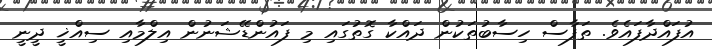
އުފައްދާފައެވެ. ތަފާސް ހިސާބުތަކުން ދައްކާ ގޮތުގައި މި ފައުންޑޭޝަނުން އިލްމާއި ސިއްޚީ ދީނީ